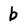
Character: b